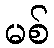
မစ်